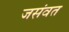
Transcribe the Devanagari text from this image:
जसंवत